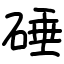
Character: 硾